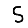
Digit: 5